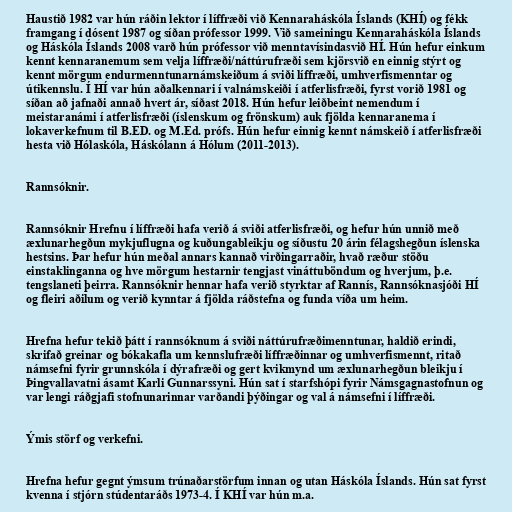
Haustið 1982 var hún ráðin lektor í líffræði við Kennaraháskóla Íslands (KHÍ) og fékk
framgang í dósent 1987 og síðan prófessor 1999. Við sameiningu Kennaraháskóla Íslands
og Háskóla Íslands 2008 varð hún prófessor við menntavísindasvið HÍ. Hún hefur einkum
kennt kennaranemum sem velja líffræði/náttúrufræði sem kjörsvið en einnig stýrt og
kennt mörgum endurmenntunarnámskeiðum á sviði líffræði, umhverfismenntar og
útikennslu. Í HÍ var hún aðalkennari í valnámskeiði í atferlisfræði, fyrst vorið 1981 og
síðan að jafnaði annað hvert ár, síðast 2018. Hún hefur leiðbeint nemendum í
meistaranámi í atferlisfræði (íslenskum og frönskum) auk fjölda kennaranema í
lokaverkefnum til B.ED. og M.Ed. prófs. Hún hefur einnig kennt námskeið í atferlisfræði
hesta við Hólaskóla, Háskólann á Hólum (2011-2013).

Rannsóknir.

Rannsóknir Hrefnu í líffræði hafa verið á sviði atferlisfræði, og hefur hún unnið með
æxlunarhegðun mykjuflugna og kuðungableikju og síðustu 20 árin félagshegðun íslenska
hestsins. Þar hefur hún meðal annars kannað virðingarraðir, hvað ræður stöðu
einstaklinganna og hve mörgum hestarnir tengjast vináttuböndum og hverjum, þ.e.
tengslaneti þeirra. Rannsóknir hennar hafa verið styrktar af Rannís, Rannsóknasjóði HÍ
og fleiri aðilum og verið kynntar á fjölda ráðstefna og funda víða um heim.

Hrefna hefur tekið þátt í rannsóknum á sviði náttúrufræðimenntunar, haldið erindi,
skrifað greinar og bókakafla um kennslufræði líffræðinnar og umhverfismennt, ritað
námsefni fyrir grunnskóla í dýrafræði og gert kvikmynd um æxlunarhegðun bleikju í
Þingvallavatni ásamt Karli Gunnarssyni. Hún sat í starfshópi fyrir Námsgagnastofnun og
var lengi ráðgjafi stofnunarinnar varðandi þýðingar og val á námsefni í líffræði.

Ýmis störf og verkefni.

Hrefna hefur gegnt ýmsum trúnaðarstörfum innan og utan Háskóla Íslands. Hún sat fyrst
kvenna í stjórn stúdentaráðs 1973-4. Í KHÍ var hún m.a.